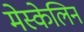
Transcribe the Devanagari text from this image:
मेस्केलिन